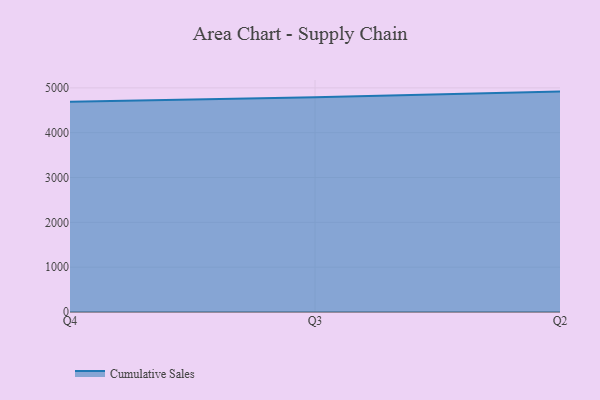
{"axis": {"x": "Quarter", "y": "Humidity (%)"}, "legend": ["Cumulative Sales"], "data": [{"x": "Q4", "y": 4689.9, "type": "Cumulative Sales"}, {"x": "Q3", "y": 4792.9, "type": "Cumulative Sales"}, {"x": "Q2", "y": 4916.7, "type": "Cumulative Sales"}]}